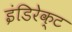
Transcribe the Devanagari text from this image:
इंडिरेक्ट